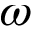
\omega